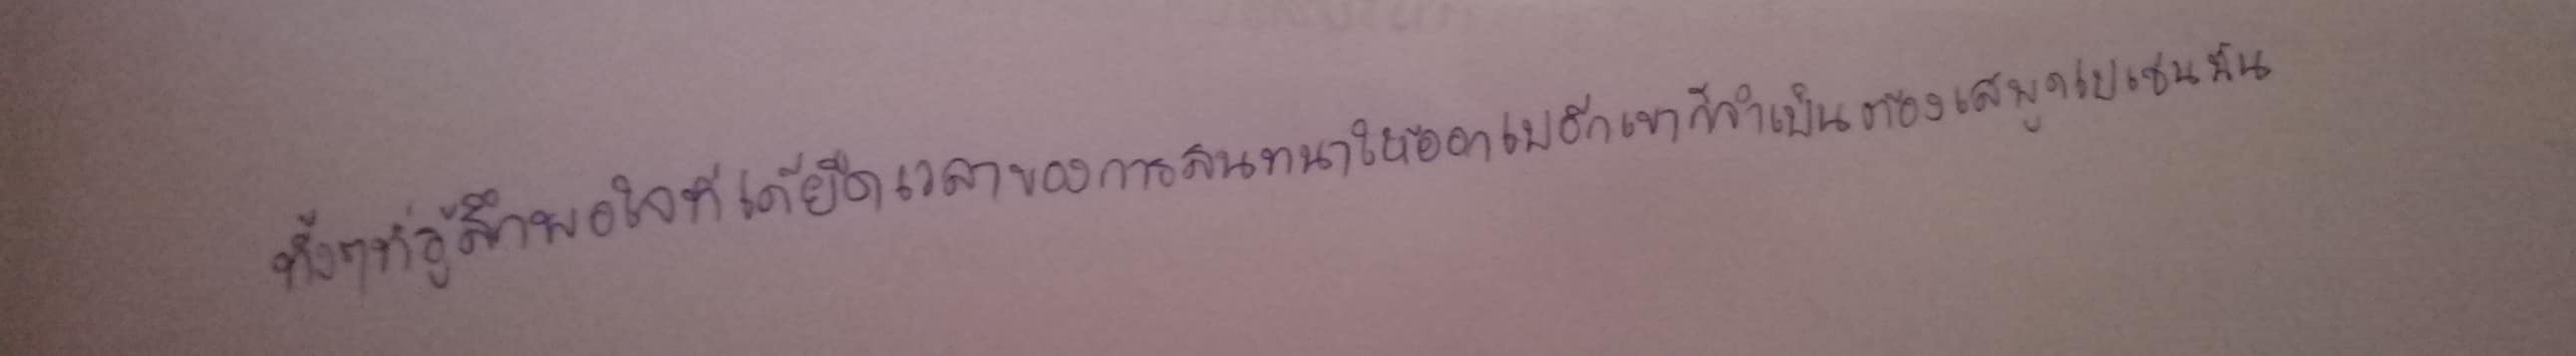
ทั้งๆ ที่รู้สึกพอใจที่ได้ยืดเวลาของการสนทนาให้นานออกไปอีกเขาก็จำเป็นต้องเสพูดไปเช่นนั้น